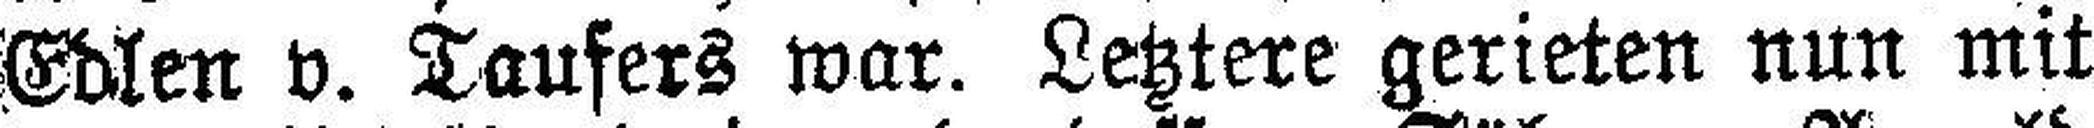
Edlen v. Taufers war. Letztere gerieten nun mit